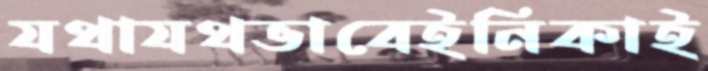
যথাযথভাবেইনিকাই